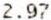
2.97